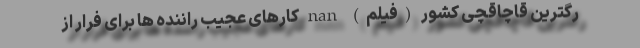
رگترین قاچاقچی کشور (فیلم) nan کارهای عجیب راننده ها برای فرار از